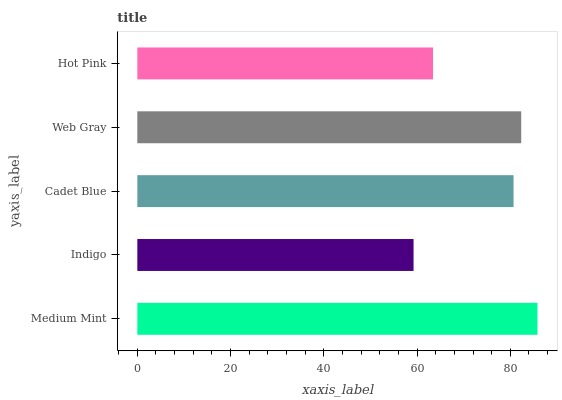
| yaxis_label | bars |
 | --- | --- |
 | Medium Mint | 85.8 |
 | Indigo | 59.2 |
 | Cadet Blue | 80.7 |
 | Web Gray | 82.3 |
 | Hot Pink | 63.4 |